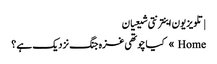
| تلویزیون اینترنتی شیعیان
Home » کیا چوتھی غزہ جنگ نزدیک ہے ؟